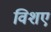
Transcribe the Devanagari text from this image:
विशए